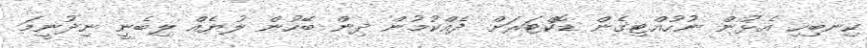
ކިނބިހި އެޅުން ނުހުއްޓިގެން ޑޮކްޓަރަށް ދެއްކުމުން ދިން ބޭހުން ލުޔެއް ލިބެނީ ނިދުނީމަ